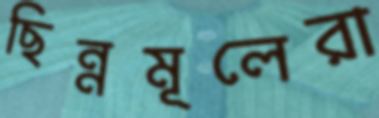
ছিন্নমূলেরা